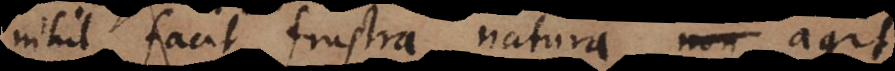
nihil facit frustra, natura non agit